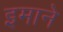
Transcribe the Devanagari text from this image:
इमाने